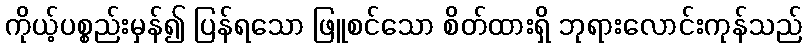
ကိုယ့်ပစ္စည်းမှန်၍ ပြန်ရသော ဖြူစင်သော စိတ်ထားရှိ ဘုရားလောင်းကုန်သည်